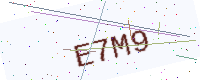
Text: E7M9